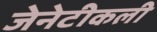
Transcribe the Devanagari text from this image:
जेनेटीकली